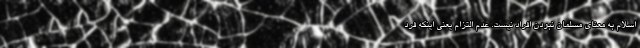
اسلام به معنای مسلمان نبودن افراد نیست. عدم التزام یعنی اینکه فرد